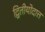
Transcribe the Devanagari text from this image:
द्वितीयोदात्त